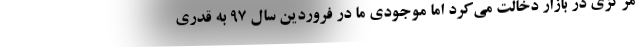
مرکزی در بازار دخالت می‌کرد اما موجودی ما در فروردین سال ۹۷ به قدری